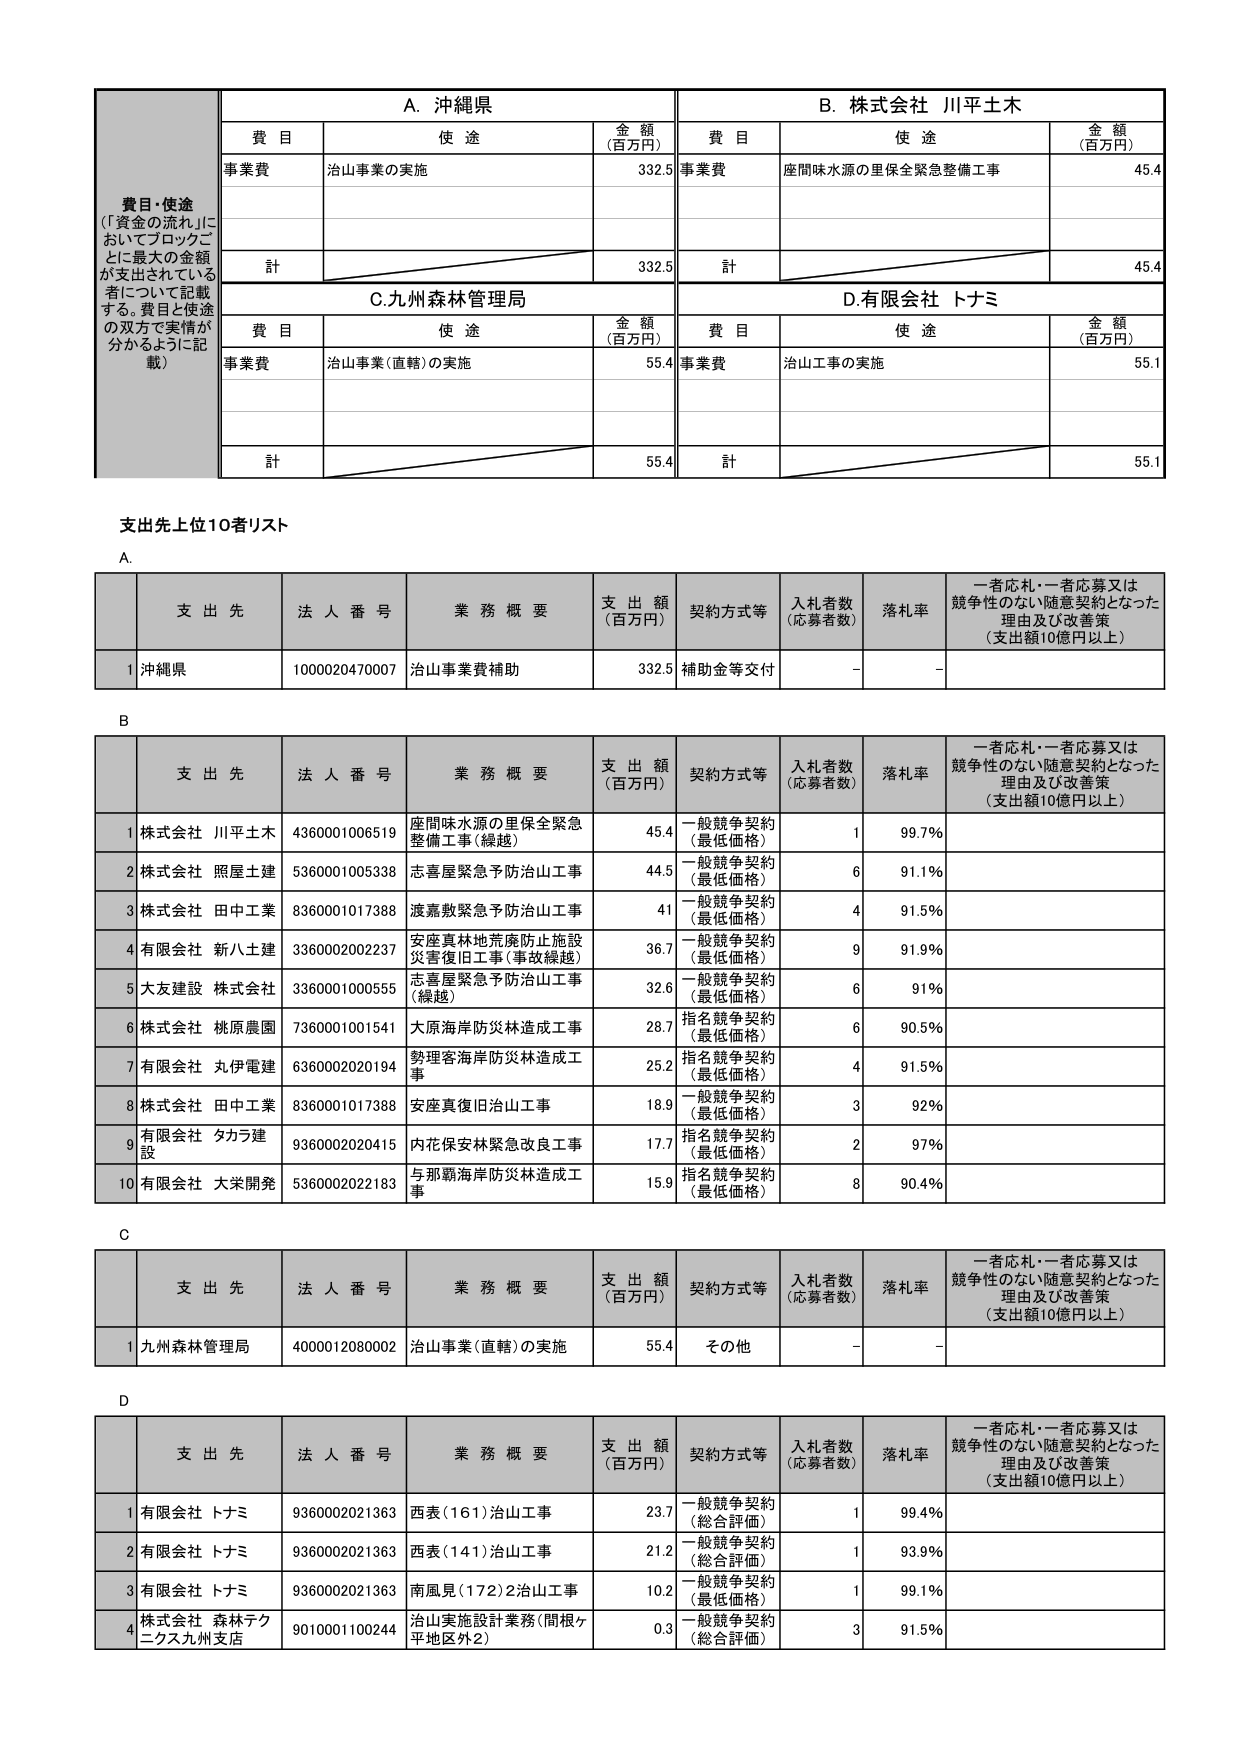
費目・使途
（「資金の流れ」においてブロックごとに最大の金額が支出されている者について記載する。費目と使途の双方で実情が分かるように記載）

A. 沖縄県
費目 使途 金額（百万円）
事業費 治山事業の実施 332.5
計 332.5

B. 株式会社 川平土木
費目 使途 金額（百万円）
事業費 座間味水源の里保全緊急整備工事 45.4
計 45.4

C. 九州森林管理局
費目 使途 金額（百万円）
事業費 治山事業（直轄）の実施 55.4
計 55.4

D. 有限会社 トナミ
費目 使途 金額（百万円）
事業費 治山工事の実施 55.1
計 55.1

支出先上位10者リスト

A.
支 出 先 法 人 番 号 業 務 概 要 支 出 額（百万円） 契約方式等 入札者数（応募者数） 落札率 一者応札・一者応募又は競争性のない随意契約となった理由及び改善策（支出額10億円以上）
1 沖縄県 1000020470007 治山事業費補助 332.5 補助金等交付 - -

B
支 出 先 法 人 番 号 業 務 概 要 支 出 額（百万円） 契約方式等 入札者数（応募者数） 落札率 一者応札・一者応募又は競争性のない随意契約となった理由及び改善策（支出額10億円以上）
1 株式会社 川平土木 4360001006519 座間味水源の里保全緊急整備工事（綿越） 45.4 一般競争契約（最低価格） 1 99.7％
2 株式会社 照屋土建 5360001005338 志喜屋緊急予防治山工事 44.5 一般競争契約（最低価格） 6 91.1％
3 株式会社 田中工業 8360001017388 渡嘉敷緊急予防治山工事 41 一般競争契約（最低価格） 4 91.5％
4 有限会社 新八土建 3360002002237 安座真林地荒廃防止施設災害復旧工事（事故繰越） 36.7 一般競争契約（最低価格） 9 91.9％
5 大友建設 株式会社 3360001000555 志喜屋緊急予防治山工事（繰越） 32.6 一般競争契約（最低価格） 6 91％
6 株式会社 桃原農園 7360001001541 大原海岸防災林造成工事 28.7 指名競争契約（最低価格） 6 90.5％
7 有限会社 丸伊電建 6360002020194 勢理客海岸防災林造成工事 25.2 指名競争契約（最低価格） 4 91.5％
8 株式会社 田中工業 8360001017388 安座真復旧治山工事 18.9 一般競争契約（最低価格） 3 92％
9 有限会社 タカラ建設 9360002020415 内花保安林緊急改良工事 17.7 指名競争契約（最低価格） 2 97％
10 有限会社 大栄開発 5360002022183 与那覇海岸防災林造成工事 15.9 指名競争契約（最低価格） 8 90.4％

C
支 出 先 法 人 番 号 業 務 概 要 支 出 額（百万円） 契約方式等 入札者数（応募者数） 落札率 一者応札・一者応募又は競争性のない随意契約となった理由及び改善策（支出額10億円以上）
1 九州森林管理局 4000012080002 治山事業（直轄）の実施 55.4 その他 - -

D
支 出 先 法 人 番 号 業 務 概 要 支 出 額（百万円） 契約方式等 入札者数（応募者数） 落札率 一者応札・一者応募又は競争性のない随意契約となった理由及び改善策（支出額10億円以上）
1 有限会社 トナミ 9360002021363 西表（161）治山工事 23.7 一般競争契約（総合評価） 1 99.4％
2 有限会社 トナミ 9360002021363 西表（141）治山工事 21.2 一般競争契約（総合評価） 1 93.9％
3 有限会社 トナミ 9360002021363 南風見（172）2治山工事 10.2 一般競争契約（最低価格） 1 99.1％
4 株式会社 森林テクニクス九州支店 9010001100244 治山実施設計業務（間根ヶ平地区外2） 0.3 一般競争契約（総合評価） 3 91.5％